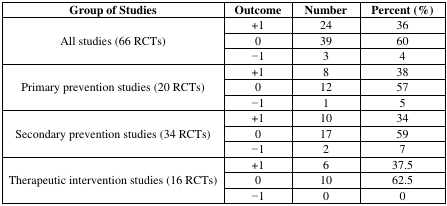
<table><thead><tr><td><b>Group of Studies</b></td><td><b>Outcome</b></td><td><b>Number</b></td><td><b>Percent (%)</b></td></tr></thead><tbody><tr><td rowspan="3">All studies (66 RCTs)</td><td>+1</td><td>24</td><td>36</td></tr><tr><td>0</td><td>39</td><td>60</td></tr><tr><td>−1</td><td>3</td><td>4</td></tr><tr><td rowspan="3">Primary prevention studies (20 RCTs)</td><td>+1</td><td>8</td><td>38</td></tr><tr><td>0</td><td>12</td><td>57</td></tr><tr><td>−1</td><td>1</td><td>5</td></tr><tr><td rowspan="3">Secondary prevention studies (34 RCTs)</td><td>+1</td><td>10</td><td>34</td></tr><tr><td>0</td><td>17</td><td>59</td></tr><tr><td>−1</td><td>2</td><td>7</td></tr><tr><td rowspan="3">Therapeutic intervention studies (16 RCTs)</td><td>+1</td><td>6</td><td>37.5</td></tr><tr><td>0</td><td>10</td><td>62.5</td></tr><tr><td>−1</td><td>0</td><td>0</td></tr></tbody></table>